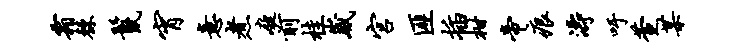
霜棘鬣宵意煮庭前桂崴宫匪插柑帝痕涛吁萱某